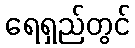
ရေရှည်တွင်